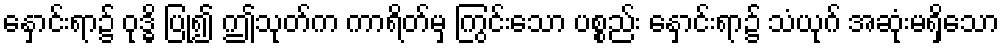
နှောင်းရာ၌ ဝုဒ္ဓိ ပြု၍ ဤသုတ်က ကာရိတ်မှ ကြွင်းသော ပစ္စည်း နှောင်းရာ၌ သံယုဂ် အဆုံးမရှိသော